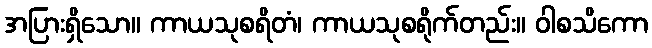
အပြားရှိသော။ ကာယသုစရိတံ၊ ကာယသုစရိုက်တည်း။ ဝါစသိကော